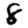
Digit: 8